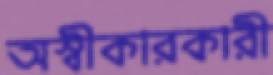
অস্বীকারকারী